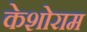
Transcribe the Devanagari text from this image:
केशोराम